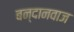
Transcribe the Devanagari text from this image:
बन्दानवाज